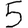
Digit: 5